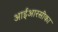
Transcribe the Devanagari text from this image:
आईआरसीका